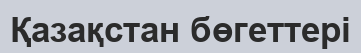
Қазақстан бөгеттері